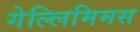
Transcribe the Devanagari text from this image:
गेल्‍लिमिमस